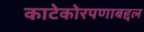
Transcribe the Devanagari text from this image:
काटेकोरपणाबद्दल